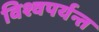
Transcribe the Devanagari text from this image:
विश्वपर्यन्त